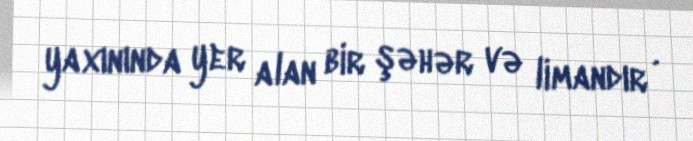
yaxınında yer alan bir şəhər və limandır .